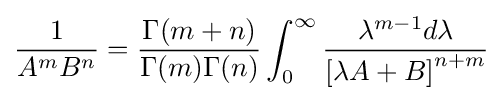
{\frac {1}{A^{m}B^{n}}}={\frac {\Gamma (m+n)}{\Gamma (m)\Gamma (n)}}\int _{0}^{\infty }{\frac {\lambda ^{m-1}d\lambda }{\left[\lambda A+B\right]^{n+m}}}